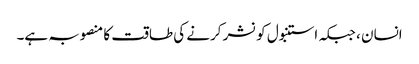
انسان ، جبکہ استنبول کو نشر کرنے کی طاقت کا منصوبہ ہے۔